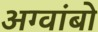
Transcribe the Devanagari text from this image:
अग्वांबो